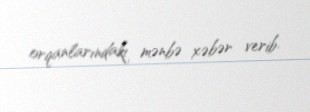
orqanlarındakı mənbə xəbər verib.